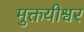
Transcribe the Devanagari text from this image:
मुक्तयीश्वर